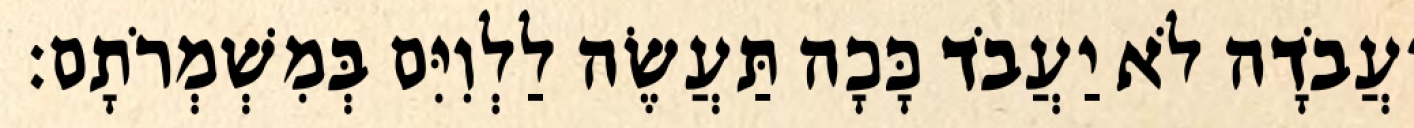
וַעֲבֹדָה לֹא יַעֲבֹד כָּכָה תַּעֲשֶׂה לַלְוִיִּם בְּמִשְׁמְרֹתָם׃